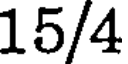
15/4